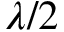
\lambda / 2